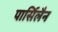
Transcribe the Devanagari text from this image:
पार्सिलैन